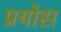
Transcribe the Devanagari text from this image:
प्रयोस